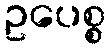
ဥပေစ္စ